Annual administration and progress report of the Indian Medical Department, Bombay
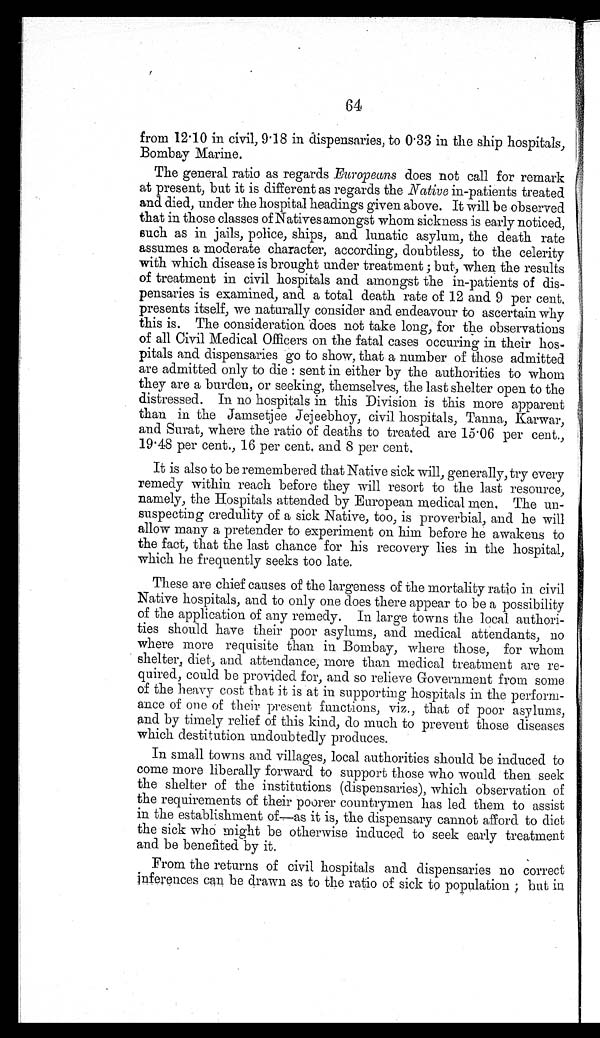
64
from 12.10 in civil, 9.18 in dispensaries, to 0.33 in the ship hospitals,
Bombay Marine.
The general ratio as regards Europeans does not call for remark
at present, but it is different as regards the Native in-patients treated
and died, under the hospital headings given above. It will be observed
that in those classes of Natives amongst whom sickness is early noticed,
such as in jails, police, ships, and lunatic asylum, the death rate
assumes a moderate character, according, doubtless, to the celerity
with which disease is brought under treatment ; but, when the results
of treatment in civil hospitals and amongst the in-patients of dis-
pensaries is examined, and a total death rate of 12 and 9 per cent.
presents itself, we naturally consider and endeavour to ascertain why
this is. The consideration does not take long, for the observations
of all Civil Medical Officers on the fatal cases occuring in their hos-
pitals and dispensaries go to show, that a number of those admitted
are admitted only to die : sent in either by the authorities to whom
they are a burden, or seeking, themselves, the last shelter open to the
distressed. In no hospitals in this Division is this more apparent
than in the Jamsetjee Jejeebhoy, civil hospitals, Tanna, Karwar,
and Surat, where the ratio of deaths to treated are 15.06 per cent.,
19.48 per cent., 16 per cent, and 8 per cent.
It is also to be remembered that Native sick will, generally, try every
remedy within reach before they will resort to the last resource,
namely, the Hospitals attended by European medical men. The un-
suspecting credulity of a sick Native, too, is proverbial, and he will
allow many a pretender to experiment on him before he awakens to
the fact, that the last chance for his recovery lies in the hospital,
which he frequently seeks too late.
These are chief causes of the largeness of the mortality ratio in civil
Native hospitals, and to only one does there appear to be a possibility
of the application of any remedy. In large towns the local authori-
ties should have their poor asylums, and medical attendants, no
where more requisite than in Bombay, where those, for whom
shelter, diet, and attendance, more than medical treatment are re-
quired, could be provided for, and so relieve Government from some
of the heavy cost that it is at in supporting hospitals in the perform-
ance of one of their present functions, viz., that of poor asylums,
and by timely relief of this kind, do much to prevent those diseases
which destitution undoubtedly produces.
In small towns and villages, local authorities should be induced to
come more liberally forward to support those who would then seek
the shelter of the institutions (dispensaries), which observation of
the requirements of their poorer countrymen has led them to assist
in the establishment of—as it is, the dispensary cannot afford to diet
the sick who might be otherwise induced to seek early treatment
and be benefited by it.
From the returns of civil hospitals and dispensaries no correct
inferences can be drawn as to the ratio of sick to population ; but in